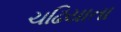
ચઢિયાતા